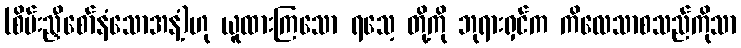
(စိမ်းညှီစော်နံသောအနံ့)ဟု ယူထားကြသော ရသေ့ တို့ကို ဘုရားရှင်က ကိလေသာစသည်ကိုသာ